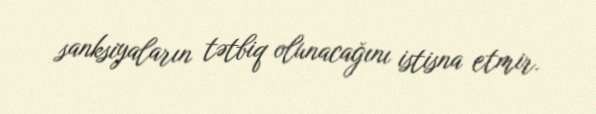
sanksiyaların tətbiq olunacağını istisna etmir.